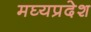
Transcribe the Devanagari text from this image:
मघ्‍यप्रदेश